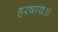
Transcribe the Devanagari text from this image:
हरषाय॥